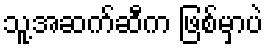
သူ့အဆက်ဆီက ဖြစ်မှာပဲ